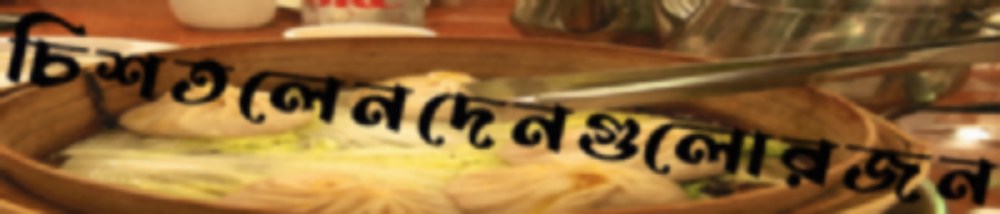
চিশতলেনদেনগুলোরজন